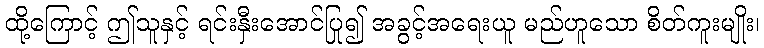
ထို့ကြောင့် ဤသူနှင့် ရင်းနှီးအောင်ပြု၍ အခွင့်အရေးယူ မည်ဟူသော စိတ်ကူးမျိုး၊